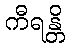
ကီရန္တိ